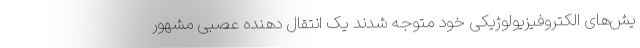
یش‌های الکتروفیزیولوژیکی خود متوجه شدند یک انتقال دهنده عصبی مشهور